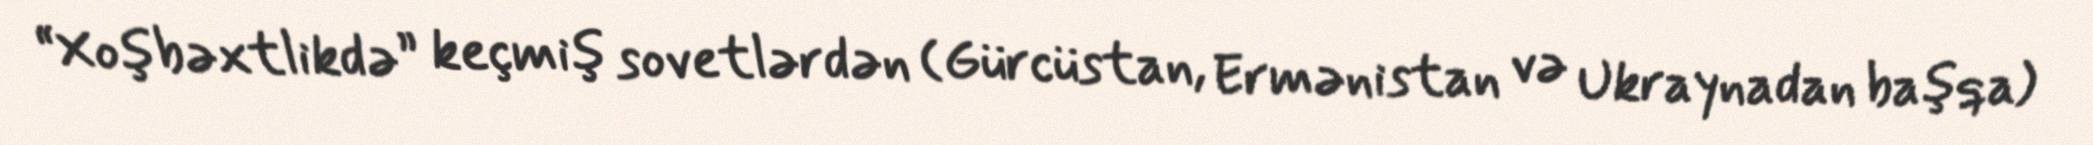
“Xoşbəxtlikdə” keçmiş sovetlərdən (Gürcüstan, Ermənistan və Ukraynadan başqa)